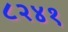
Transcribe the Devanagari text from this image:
८२४१